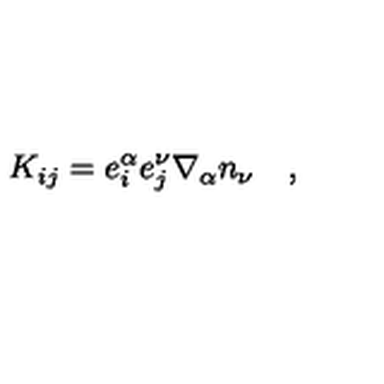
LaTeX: K _ { i j } = e _ { i } ^ { \alpha } e _ { j } ^ { \nu } \nabla _ { \alpha } n _ { \nu } \quad ,